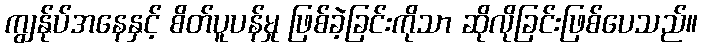
ကျွန်ုပ်အနေနှင့် စိတ်ပူပန်မှု ဖြစ်ခဲ့ခြင်းကိုသာ ဆိုလိုခြင်းဖြစ်ပေသည်။